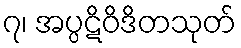
၇၊ အပ္ပဋိဝိဒိတသုတ်